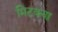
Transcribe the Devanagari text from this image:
मिटक्या